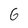
Character: 6